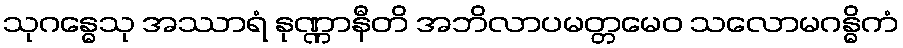
သုဂန္ဓေသု အဿာရံ နုဏ္ဏာနီတိ အဘိလာပမတ္တမေဝ သလောမဂန္ဓိကံ